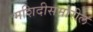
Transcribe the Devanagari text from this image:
मशिदीसमोरील